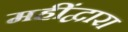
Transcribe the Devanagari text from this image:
महींद्वारा